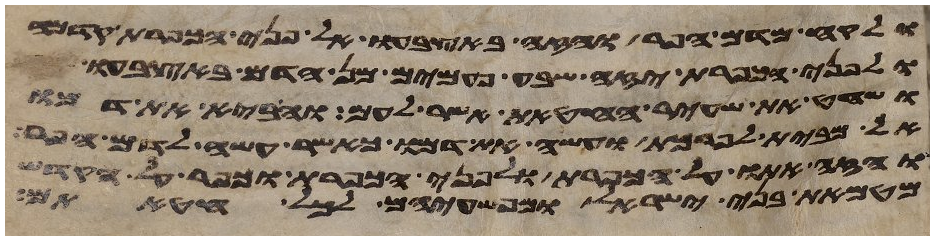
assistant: ולקח מדם הפר והזה באצבעו אל פני הכפרת
ולפני הכפרת יזה שבע פעמים מן הדם באצבעו
ושחט את שעיר החטאת אשר לעם והביא את דמו
אל מבית לפרכת ועשה את דמו כאשר עשה לדם הפר
והזה אתו על הכפרת ולפני הכפרת וכפר על הקדש
מטמאת בני ישראל ומפשעיהם לכל חטאתם